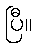
ပြီ။